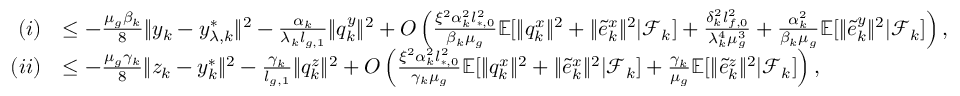
\begin{array} { r l } { ( i ) } & { \le - \frac { \mu _ { g } \beta _ { k } } { 8 } \| y _ { k } - y _ { \lambda , k } ^ { * } \| ^ { 2 } - \frac { \alpha _ { k } } { \lambda _ { k } l _ { g , 1 } } \| q _ { k } ^ { y } \| ^ { 2 } + O \left( \frac { \xi ^ { 2 } \alpha _ { k } ^ { 2 } l _ { * , 0 } ^ { 2 } } { \beta _ { k } \mu _ { g } } \mathbb { E } [ \| q _ { k } ^ { x } \| ^ { 2 } + \| \tilde { e } _ { k } ^ { x } \| ^ { 2 } | \mathcal { F } _ { k } ] + \frac { \delta _ { k } ^ { 2 } l _ { f , 0 } ^ { 2 } } { \lambda _ { k } ^ { 4 } \mu _ { g } ^ { 3 } } + \frac { \alpha _ { k } ^ { 2 } } { \beta _ { k } \mu _ { g } } \mathbb { E } [ \| \tilde { e } _ { k } ^ { y } \| ^ { 2 } | \mathcal { F } _ { k } ] \right) , } \\ { ( i i ) } & { \le - \frac { \mu _ { g } \gamma _ { k } } { 8 } \| z _ { k } - y _ { k } ^ { * } \| ^ { 2 } - \frac { \gamma _ { k } } { l _ { g , 1 } } \| q _ { k } ^ { z } \| ^ { 2 } + O \left( \frac { \xi ^ { 2 } \alpha _ { k } ^ { 2 } l _ { * , 0 } ^ { 2 } } { \gamma _ { k } \mu _ { g } } \mathbb { E } [ \| q _ { k } ^ { x } \| ^ { 2 } + \| \tilde { e } _ { k } ^ { x } \| ^ { 2 } | \mathcal { F } _ { k } ] + \frac { \gamma _ { k } } { \mu _ { g } } \mathbb { E } [ \| \tilde { e } _ { k } ^ { z } \| ^ { 2 } | \mathcal { F } _ { k } ] \right) , } \end{array}